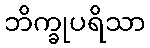
ဘိက္ခုပရိသာ